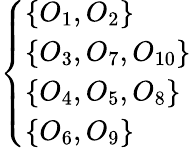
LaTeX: \left\{ \begin{array}{ll}{\{ O_{1},O_{2}\} }\\ {\{ O_{3},O_{7},O_{10}\} }\\ {\{ O_{4},O_{5},O_{8}\} }\\ {\{ O_{6},O_{9}\} }\end{array}\right.